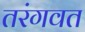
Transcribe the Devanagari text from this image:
तरंगवत